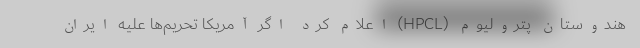
هندوستان پترولیوم (HPCL) اعلام کرد اگر آمریکا تحریم‌ها علیه ایران